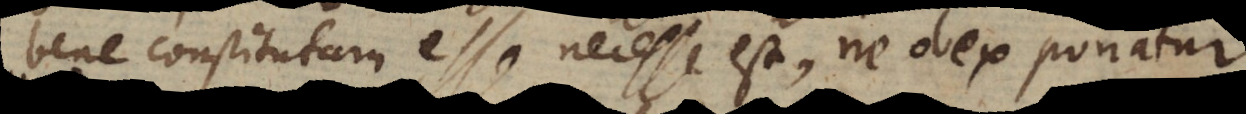
bene constitutam esse necesse est, ne obex ponatur